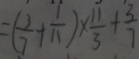
= ( \frac { 3 } { 7 } + \frac { 1 } { 1 1 } ) \times \frac { 1 1 } { 3 } + \frac { 3 } { 7 }